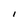
Character: I